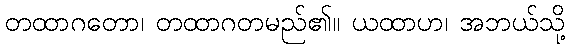
တထာဂတော၊ တထာဂတမည်၏။ ယထာဟ၊ အဘယ်သို့